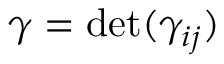
\gamma = \operatorname* { d e t } ( \gamma _ { i j } )